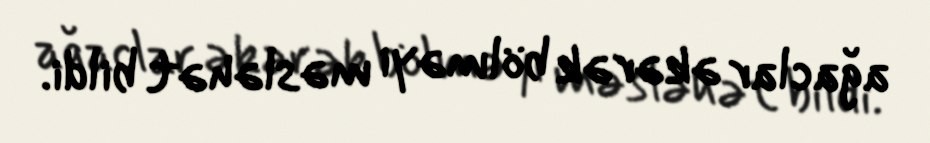
ağaclar əkərək bölməyi məsləhət bildi.